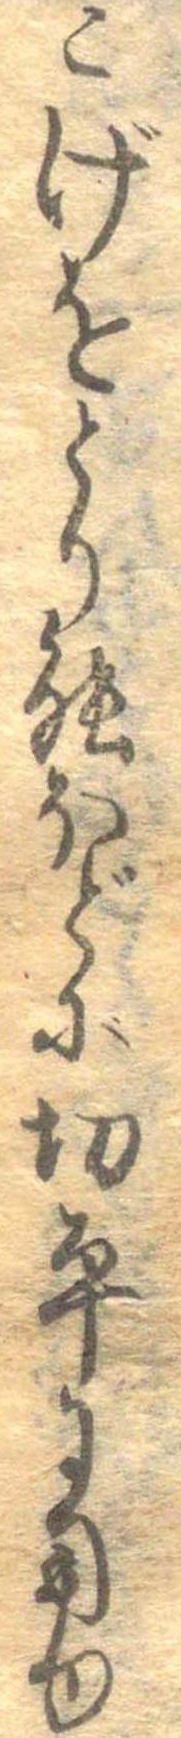
こげをとり能ほどに切平に用ゆ